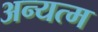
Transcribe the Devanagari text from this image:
अन्यत्म